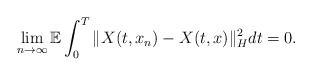
\begin{align*}\lim_{n\rightarrow\infty}\mathbb{E}\int_0^T \Vert X(t,x_n) - X(t,x) \Vert_H^2 dt = 0 .\end{align*}